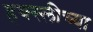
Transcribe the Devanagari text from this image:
हक्स्लीच्या